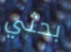
بحثي